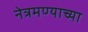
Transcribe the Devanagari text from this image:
नेत्रमण्याच्या